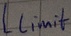
Text: Llimit